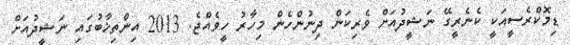
ޑިމޮކްރެސީއަކީ ކެނެރީގޭ ނަޝީދުއަށް ވެރިކަން ދިނުންހެން މިހާރު ހީވެއްޖެ. 2013 އިންތިޚާބުގައި ނަޝީދުއަށް